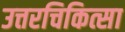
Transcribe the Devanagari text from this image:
उत्तरचिकित्सा